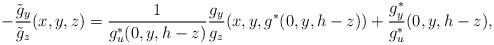
LaTeX: \begin{align*} -\frac{\tilde{g}_y}{\tilde{g}_z}(x,y,z) = \frac{1}{g^*_u(0,y,h-z)}\frac{g_y}{g_z}(x,y,g^*(0,y,h-z)) + \frac{g^*_y}{g^*_u}(0,y,h-z), \end{align*}